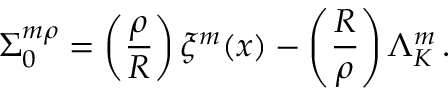
\Sigma _ { 0 } ^ { m \rho } = \left( { \frac { \rho } { R } } \right) \xi ^ { m } ( x ) - \left( { \frac { R } { \rho } } \right) \Lambda _ { K } ^ { m } \, .